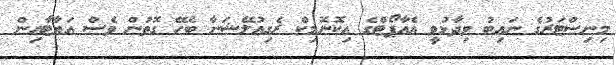
މިނިސްޓަރުގެ ނައިބު ވިދާޅުވީ އެއާޕޯޓްގެ އިކޮނޮމިކް ރެގިއުލޭޝަނާ ބެހޭ ގޮތުން ވެސް އަޔާޓާއިން